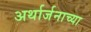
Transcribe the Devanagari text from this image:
अर्थार्जनाच्या